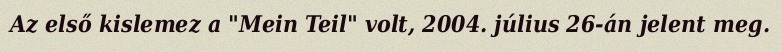
Az első kislemez a "Mein Teil" volt, 2004. július 26-án jelent meg.